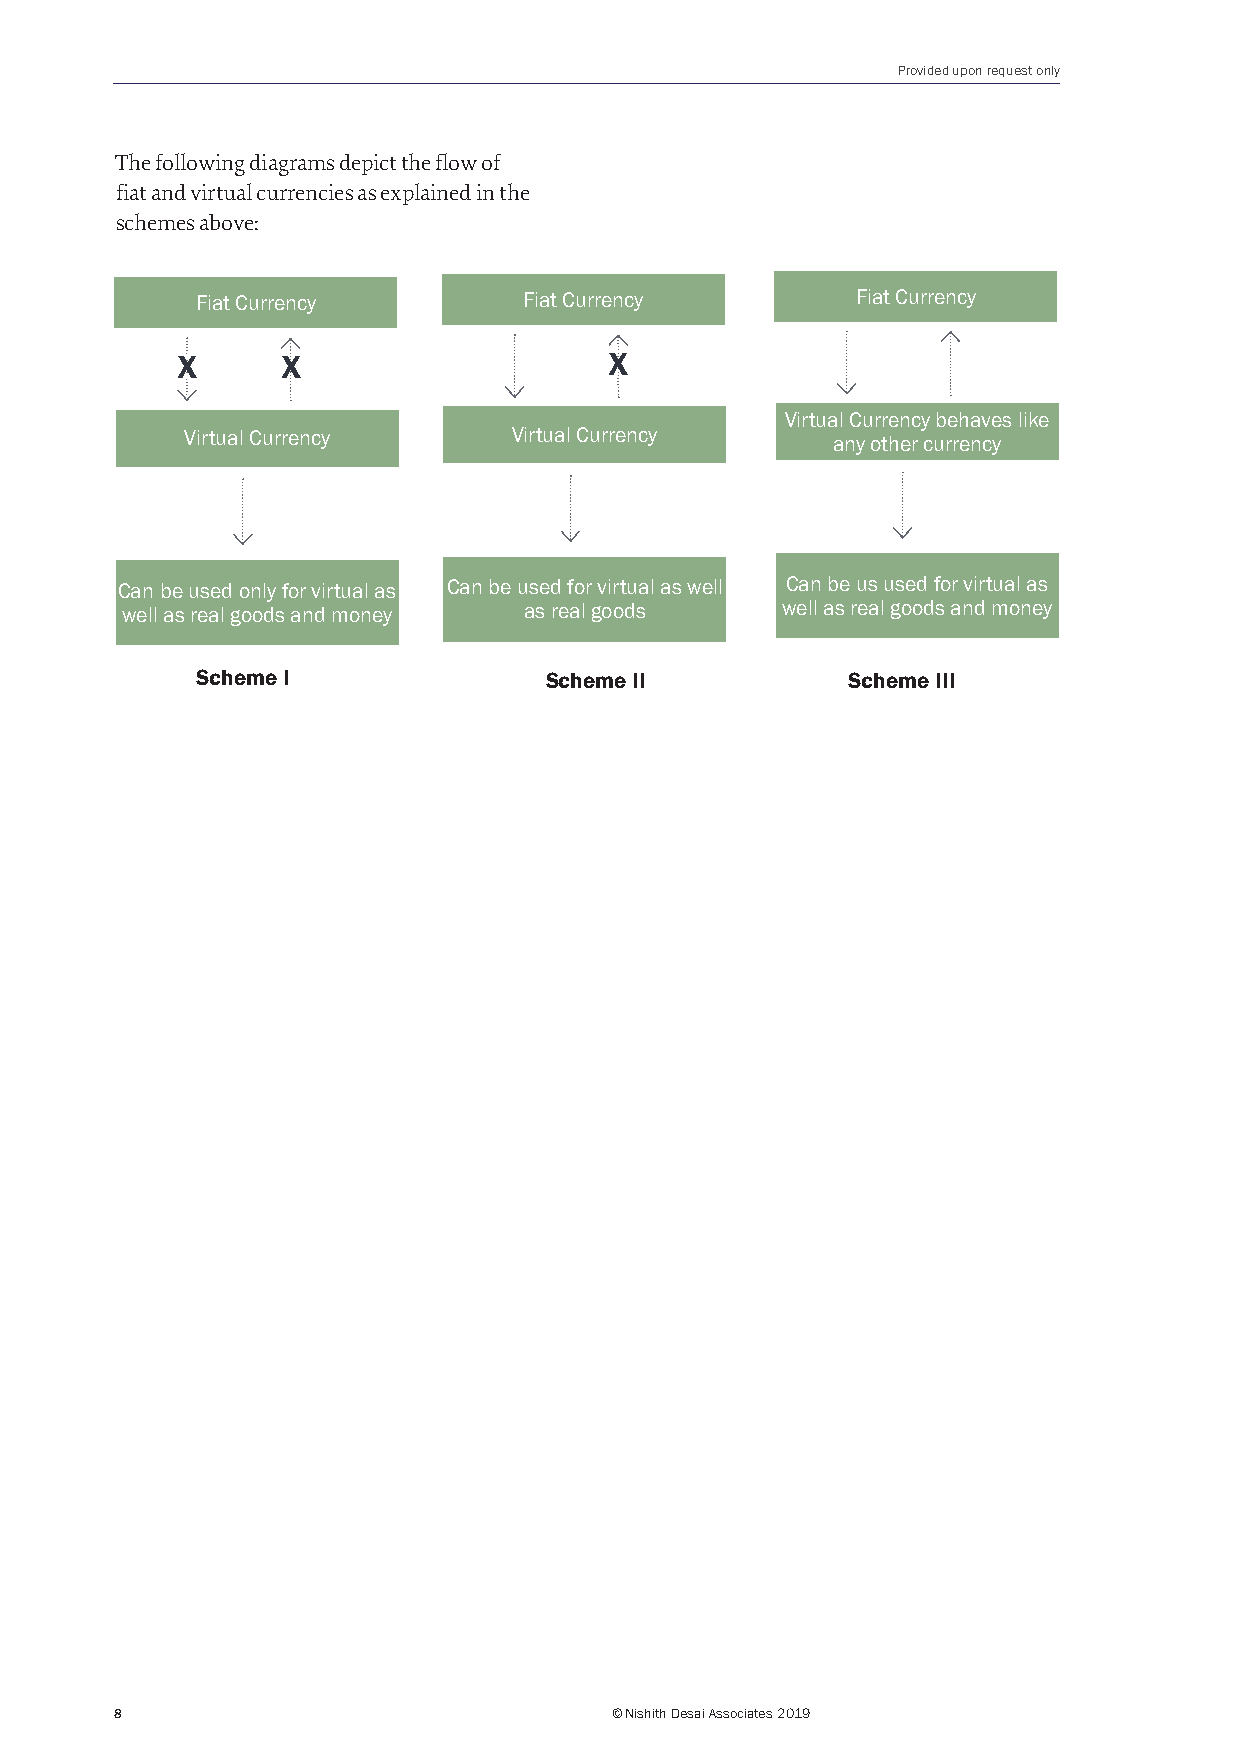
Provided upon request only
 The following diagrams depict the flow of
 fiat and virtual currencies as explained in the
 schemes above:
 Fiat Currency         Fiat Currency         Fiat Currency
 X      X                    X
 Virtual Currency behaves like
 Virtual Currency      Virtual Currency     any other currency
 Can be used only for virtual as Can be used for virtual as well Can be us used for virtual as
 well as real goods and money as real goods  well as real goods and money
 Scheme I               Scheme II           Scheme III
 8                               © Nishith Desai Associates 2019